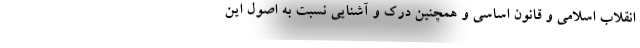
انقلاب اسلامی و قانون اساسی و همچنین درک و آشنایی نسبت به اصول این